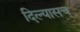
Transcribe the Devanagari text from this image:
दिल्यासच